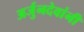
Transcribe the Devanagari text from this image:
अर्जुनदेवांनी